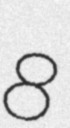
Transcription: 8